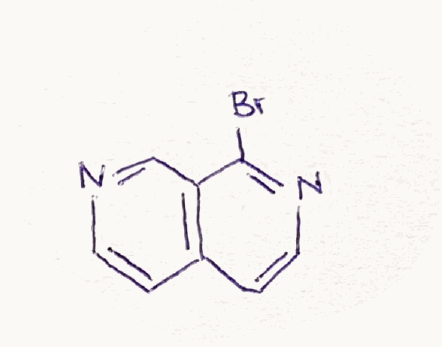
Simplified molecular-input line-entry system (SMILES) notation of the given molecule:
C1=CN=CC2=C1C=CN=C2Br